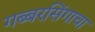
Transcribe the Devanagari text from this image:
गब्बरसिंगाचा